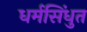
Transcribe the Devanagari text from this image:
धर्मसिंधुत